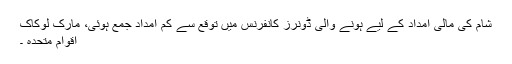
شام کی مالی امداد کے لیے ہونے والی ڈونرز کانفرنس میں توقع سے کم امداد جمع ہوئی، مارک لوکاک
اقوام متحدہ ۔